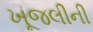
ખૂજલીની